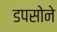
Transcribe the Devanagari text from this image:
डपसोने